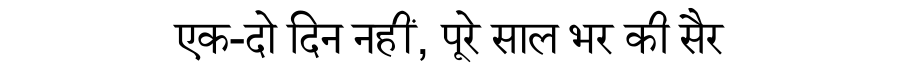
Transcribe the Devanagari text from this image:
एक-दो दिन नहीं, पूरे साल भर की सैर